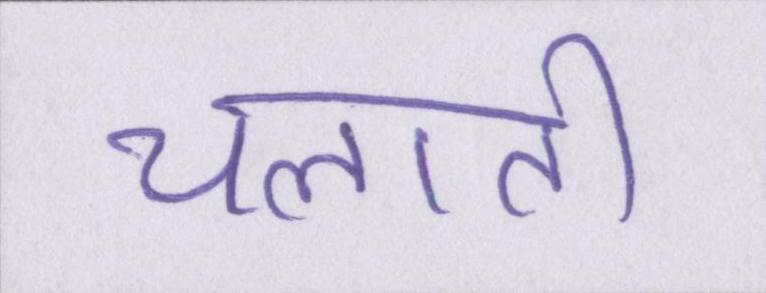
चलाती